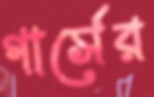
গার্সের